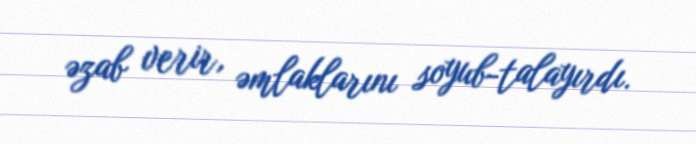
əzab verir, əmlaklarını soyub-talayırdı.